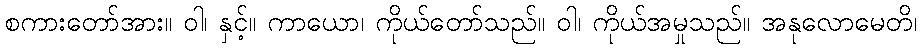
စကားတော်အား။ ဝါ၊ နှင့်။ ကာယော၊ ကိုယ်တော်သည်။ ဝါ၊ ကိုယ်အမှုသည်။ အနုလောမေတိ၊